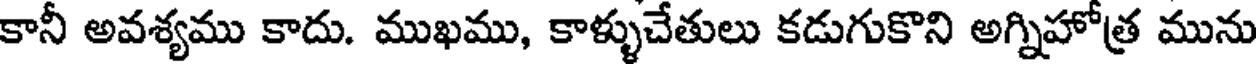
కానీ అవశ్యము కాదు. ముఖము, కాళ్ళుచేతులు కడుగుకొని అగ్నిహోత్ర మును